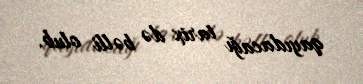
qayıdacağı tarix də bəlli olub.